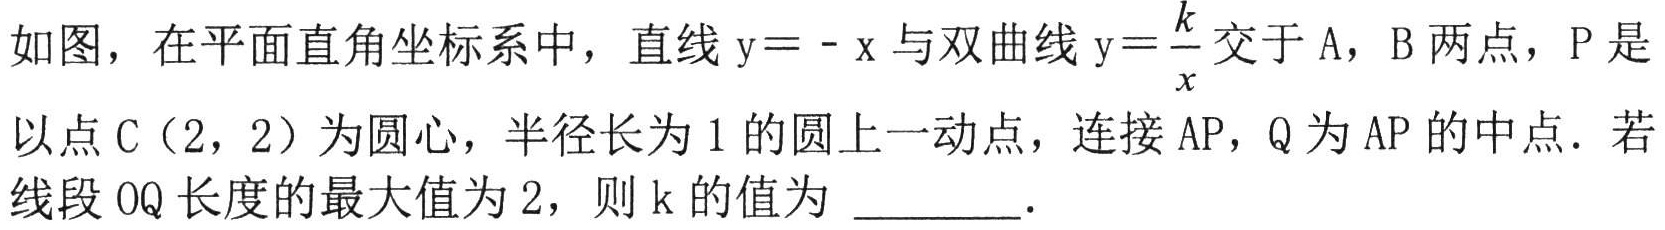
如图，在平面直角坐标系中，直线$\mathrm{y}=-\mathrm{x}$与双曲线$\mathrm{y}=\frac{k}{x}$交于$\mathrm{A}$，$\mathrm{B}$两点，$\mathrm{P}$是以点$\mathrm{C}(2,2)$为圆心，半径长为$1$的圆上一动点，连接$\mathrm{AP}$，$\mathrm{Q}$为$\mathrm{AP}$的中点．若线段$\mathrm{OQ}$长度的最大值为$2$，则$\mathrm{k}$的值为 ________．